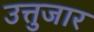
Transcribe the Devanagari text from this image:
उत्तुजार